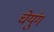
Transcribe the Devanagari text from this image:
चेयुंग